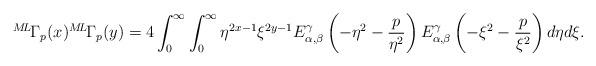
LaTeX: \begin{align*} {}^{M\!L\!}\Gamma_{p}(x){}^{M\!L\!}\Gamma_{p}(y) =4\int_{0}^{\infty}\int_{0}^{\infty} \eta^{2x-1}\xi^{2y-1} E_{\alpha, \beta}^{\gamma}\left(-\eta^2-\frac{p}{\eta^2}\right)E_{\alpha, \beta}^{\gamma}\left(-\xi^2-\frac{p}{\xi^2}\right) d\eta d\xi.\end{align*}